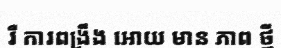
រឺ ការពង្រឹង អោយ មាន ភាព ថ្មី